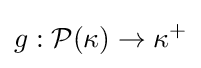
g:{\mathcal {P}}(\kappa )\to \kappa ^{+}